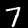
Digit: 7